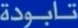
تابودة